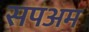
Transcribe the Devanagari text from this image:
सपअम